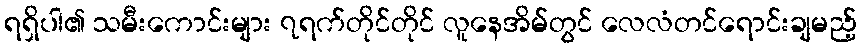
ရရှိပါ၏ သမီးကောင်းများ ၇ရက်တိုင်တိုင် လူနေအိမ်တွင် လေလံတင်ရောင်းချမည့်